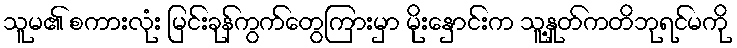
သူမ၏ စကားလုံး မြင်းခုန်ကွက်တွေကြားမှာ မိုးနှောင်းက သူ့နှုတ်ကတိဘုရင်မကို